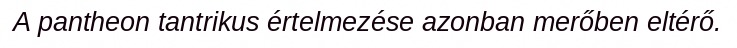
A pantheon tantrikus értelmezése azonban merőben eltérő.